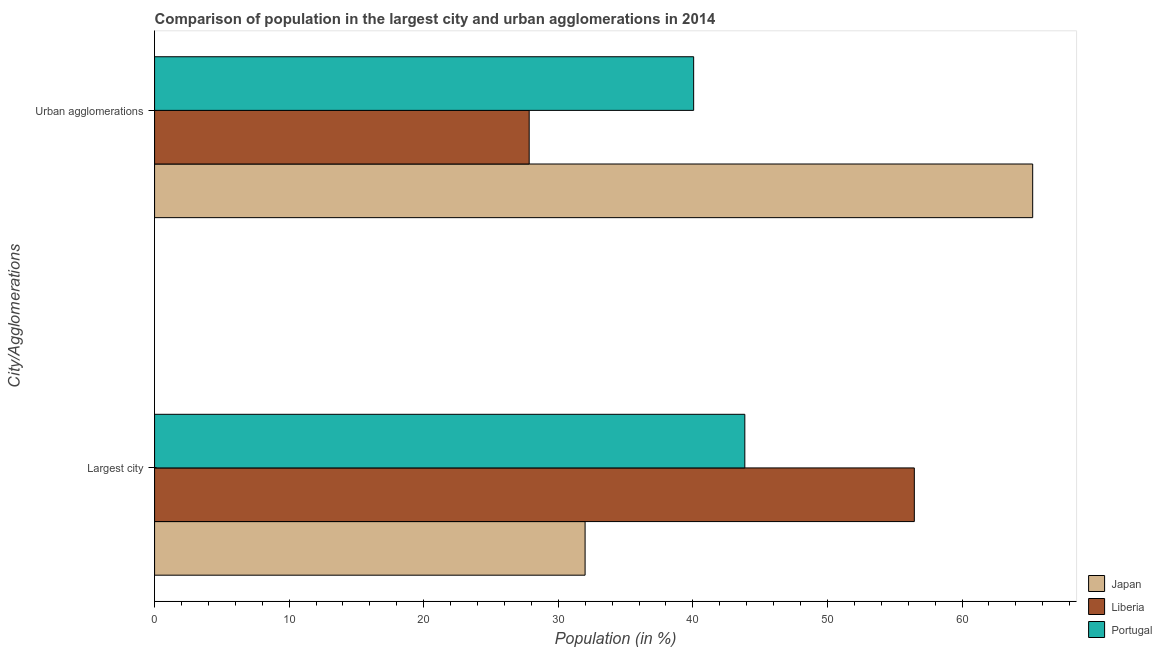
| City/Agglomerations | Japan | Liberia | Portugal |
 | --- | --- | --- | --- |
 | Largest city | 32 | 56.5 | 43.9 |
 | Urban agglomerations | 65.3 | 27.8 | 40.1 |